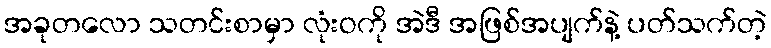
အခုတလော သတင်းစာမှာ လုံးဝကို အဲဒီ အဖြစ်အပျက်နဲ့ ပတ်သက်တဲ့